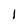
Character: I